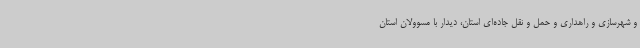
و شهرسازی و راهداری و حمل و نقل جاده‌ای استان، دیدار با مسوولان استان